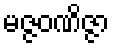
မဇ္ဇဝဏိဇ္ဇာ